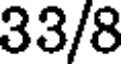
33/8